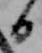
日